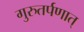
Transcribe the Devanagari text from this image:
गुरुतर्पणात्